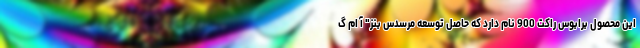
این محصول برابوس راکت 900 نام دارد که حاصل توسعه مرسدس بنز" آ ام گ